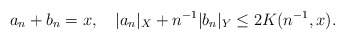
\begin{align*}a_n+b_n=x,\quad|a_n|_{X} + n^{-1} |b_n|_Y \leq 2 K(n^{-1}, x).\end{align*}